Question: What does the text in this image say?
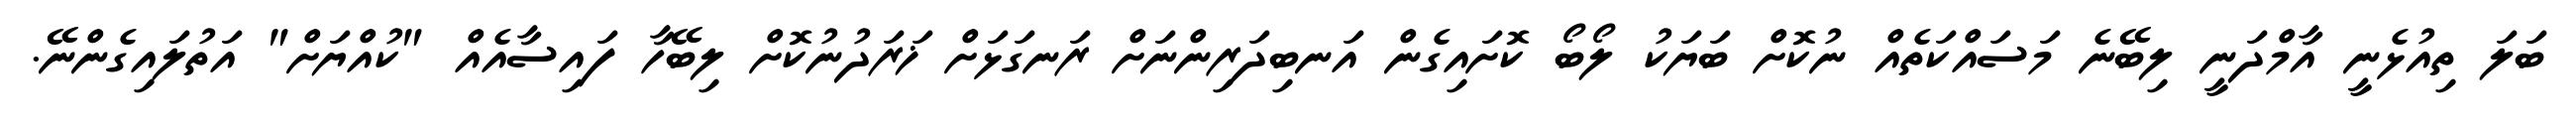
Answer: ބަލަ ތިއުޅެނީ އާމްދަނީ ލިބޭނެ މަސައްކަތެއް ނުކޮށް ބަޔަކު ލޯބޯ ކޮށައިގެން އަނބިދަރިންނަށް ރަނގަޅަށް ޚަރަދުނުކޮށް ލިބޭހާ ފައިސާއެއް "ކުއްޔަށް" އަތުލައިގެންނޭ.